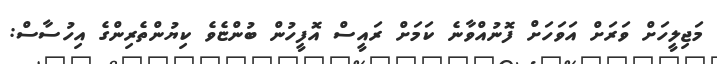
މަޖިލީހަށް ވަރަށް އަވަހަށް ފޮނުއްވާނެ ކަމަށް ރައީސް އޮފީހުން ބުންޏެވެ ކިޔުންތެރިންގެ އިހުސާސް: